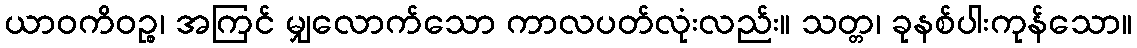
ယာဝကိဝဉ္စ၊ အကြင် မျှလောက်သော ကာလပတ်လုံးလည်း။ သတ္တ၊ ခုနစ်ပါးကုန်သော။